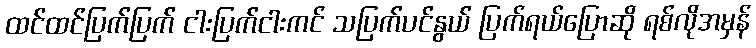
ထင်ထင်ပြက်ပြက် ငါးပြက်ငါးကင် သပြက်ပင်နွယ် ပြက်ရယ်ပြောဆို ရစ်လိုအမှန်